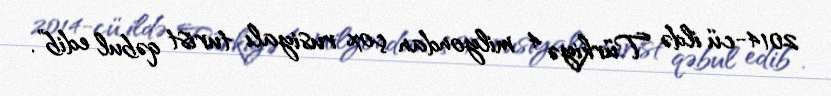
2014-cü ildə Türkiyə 4 milyondan çox rusiyalı turist qəbul edib”.